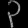
Digit: ၃